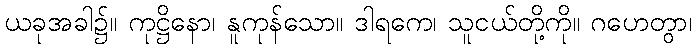
ယခုအခါ၌။ ကုဋ္ဌိနော၊ နူကုန်သော။ ဒါရကေ၊ သူငယ်တို့ကို။ ဂဟေတွာ၊